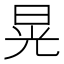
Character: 晃